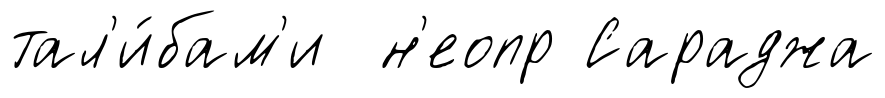
тал'и́бам'и н'еопр Сараджа